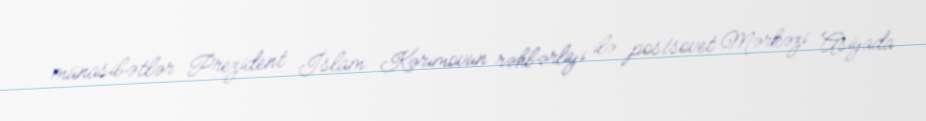
münasibətlər Prezident İslam Kərimovun rəhbərliyi ilə postsovet Mərkəzi Asiyada